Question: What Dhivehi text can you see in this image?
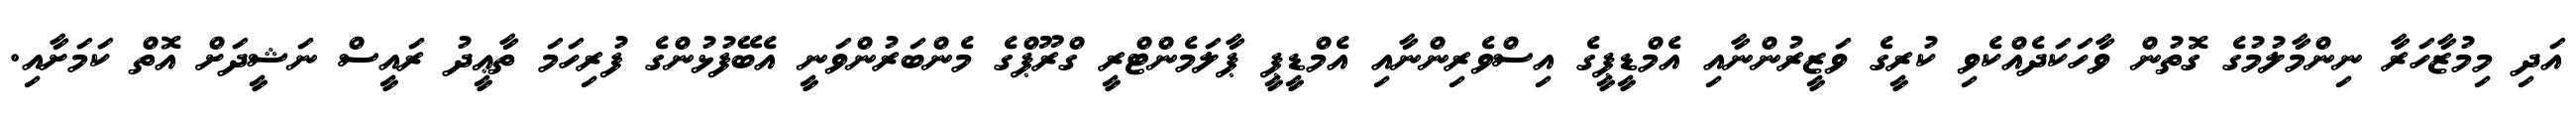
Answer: އަދި މިމުޒާހަރާ ނިންމާލުމުގެ ގޮތުން ވާހަކަދެއްކެވި ކުރީގެ ވަޒީރުންނާއި އެމްޑީޕީގެ އިސްވެރިންނާއި އެމްޑީޕީ ޕާލަމެންޓްރީ ގްރޫޕްގެ މެންބަރުންވަނީ އެބޭފުޅުންގެ ފުރިހަމަ ތާޢީދު ރައީސް ނަޝީދަށް އޮތް ކަމަށާއި.